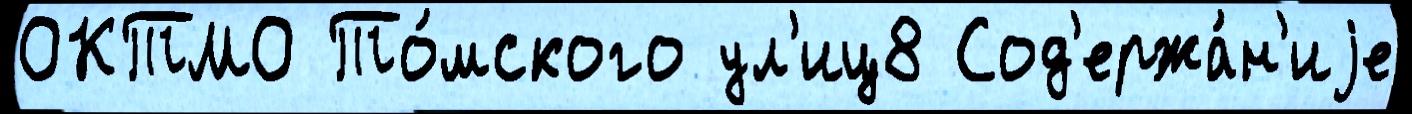
ОКТМО То́мского ул'иц8 Сод'ержа́н'иjе